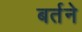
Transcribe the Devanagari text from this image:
बर्तने